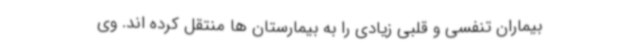
بیماران تنفسی و قلبی زیادی را به بیمارستان ها منتقل کرده اند. وی